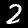
Label: 2